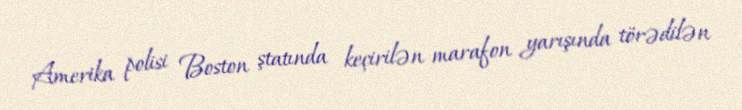
Amerika polisi Boston ştatında keçirilən marafon yarışında törədilən